NAE_ERA_R-2362_Emakeele_Selts, lk 9
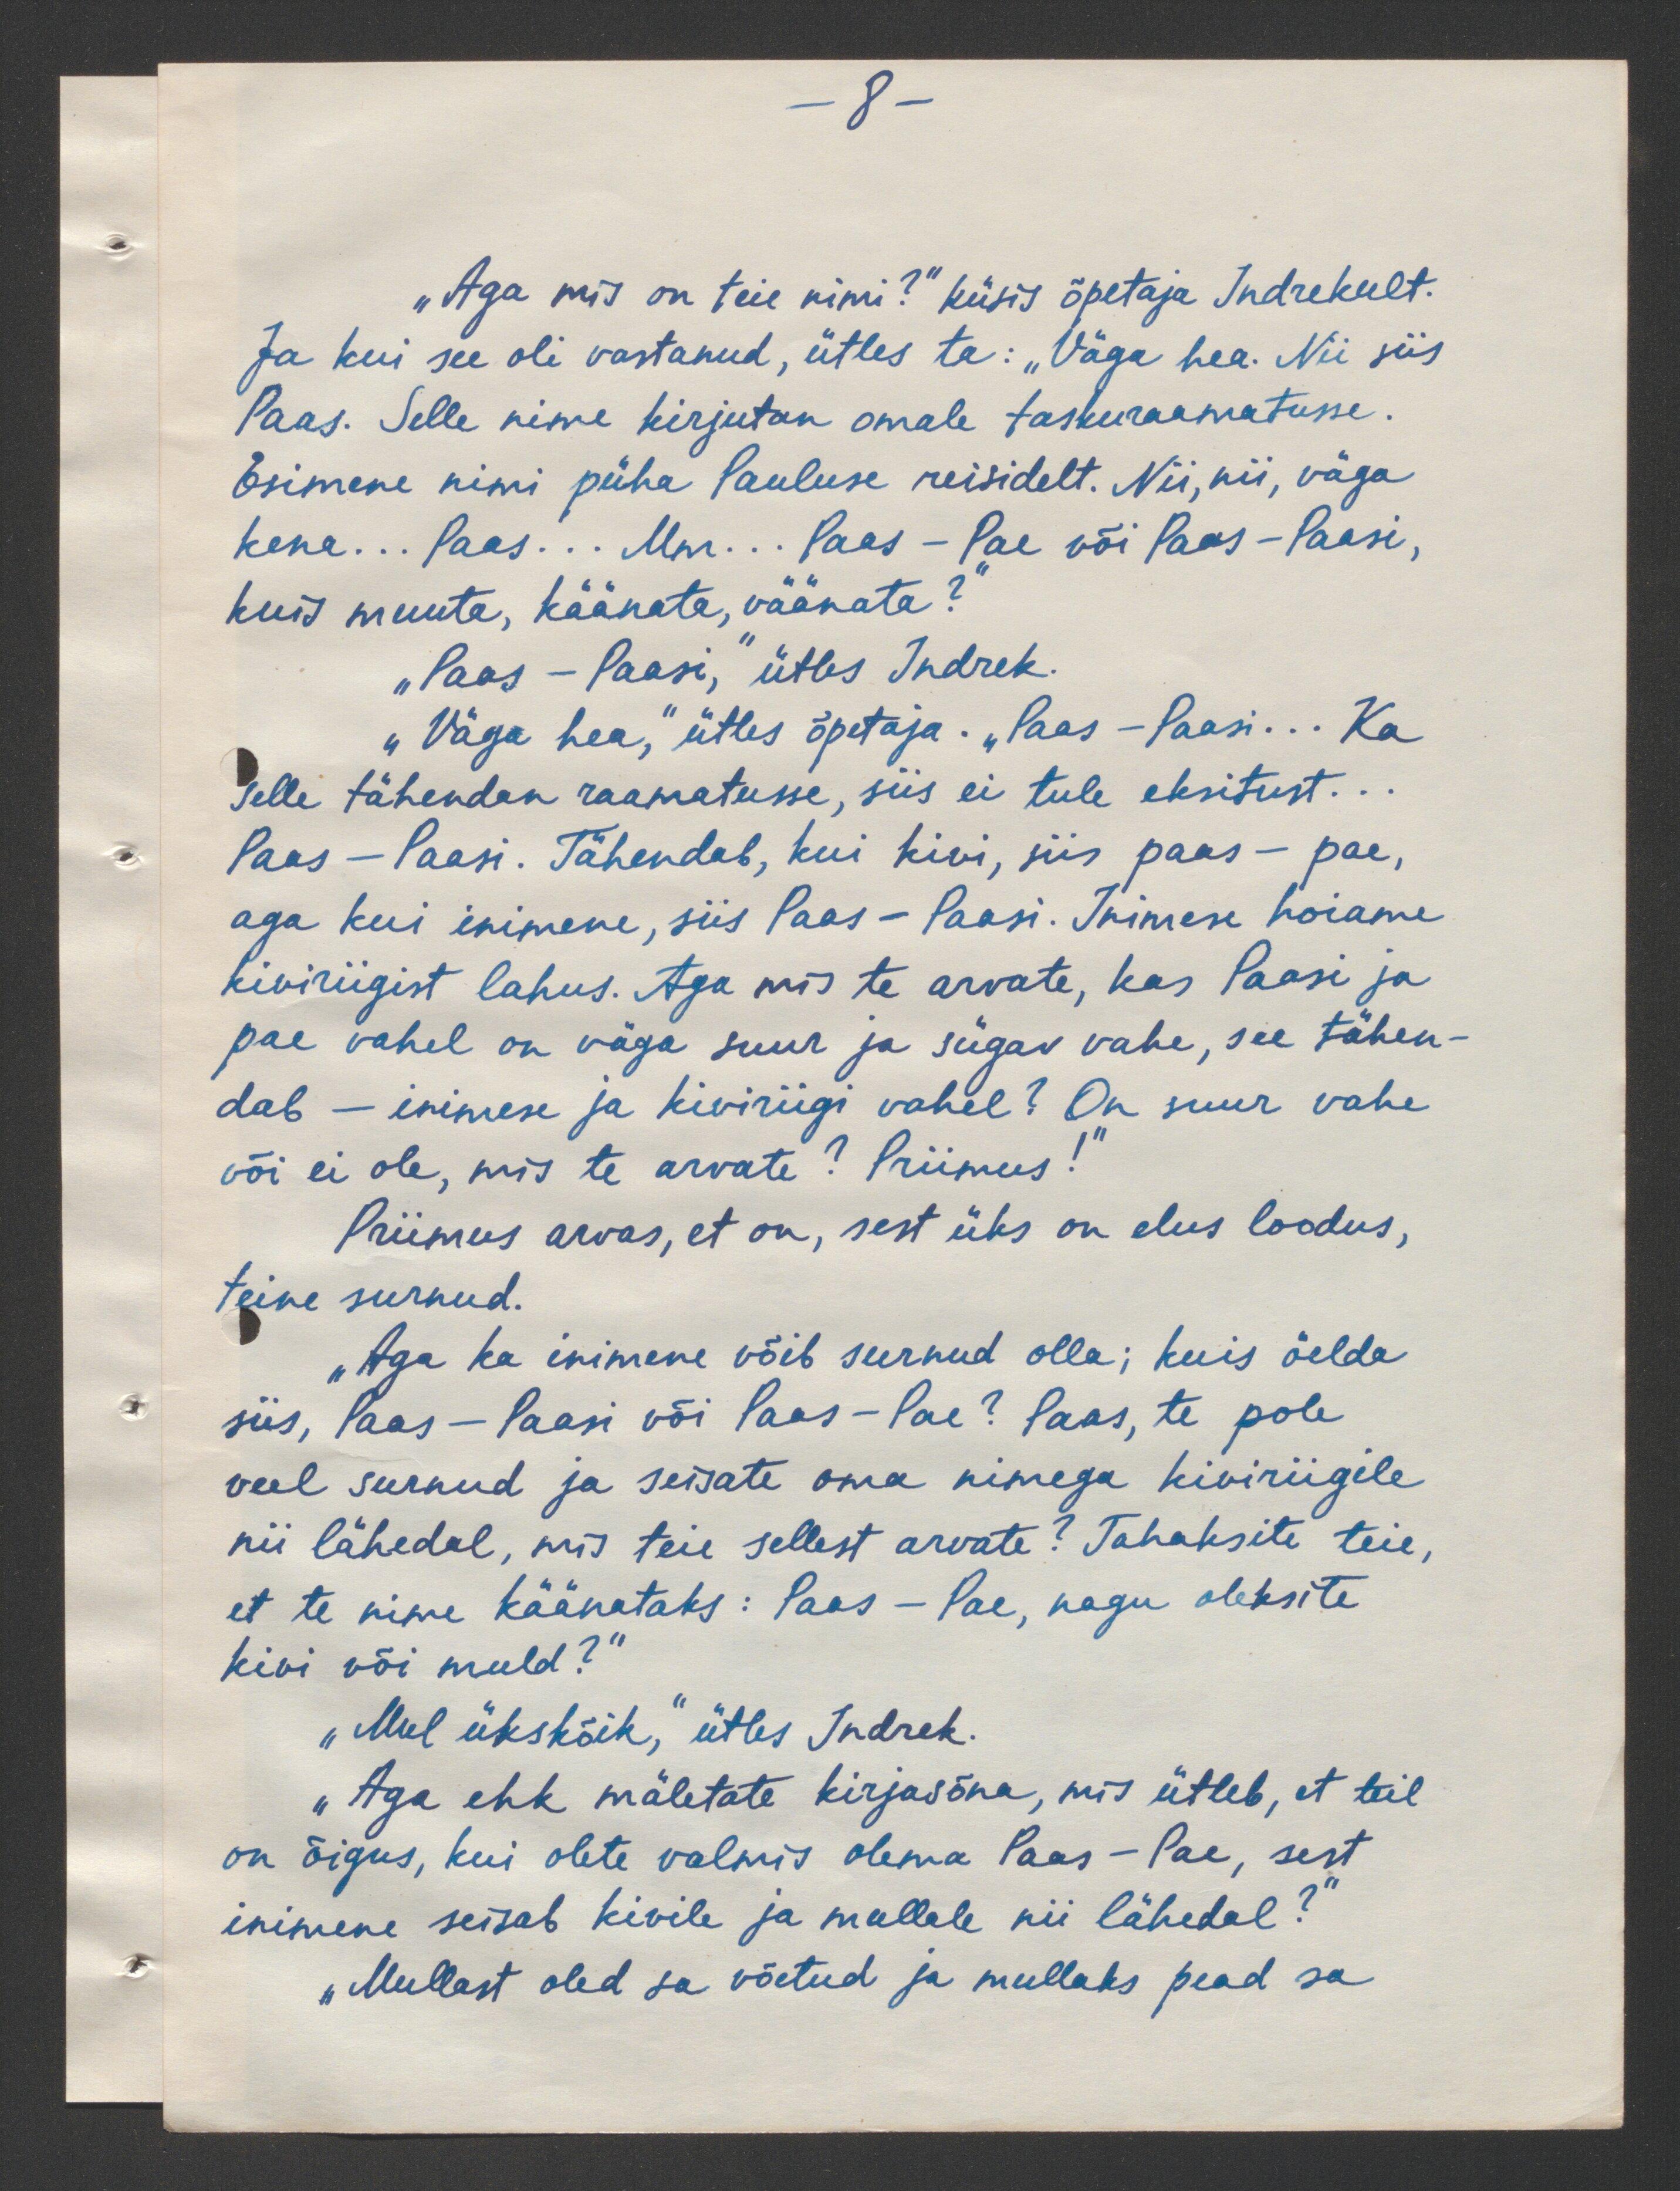
8 -

„Aga mis on teie nimi?" küsis õpetaja Indrekult.
Ja kui see oli vastanud, ütles ta: "Väga hea. Nii siis
Paas. Selle nime kirjutan omale taskuraamatusse.
Esimene nimi püha Pauluse reisidelt. Nii, nii, väga
kena... Paas... Mm.. Paas - Pae või Paas-Paasi,
kuis muuta, käärata, väänata?"
"Paas - Paasi," ütles Andrek.
"Väga hea," ütles õpetaja. "Paas - Paasi... Ka
selle tähendan raamatusse, siis ei tule eksitust...
Paas - Paasi. Tähendab, kui kivi, siis paas - pae,
aga kui inimene, siis Paas - Paasi. Inimese hoiame
kiviriigist lahus. Aga mis te arvate, kas Paasi ja
pae vahel on väga suur ja sügav vahe, see tähen-
dab - inimese ja kiviriigi vahel? On suur vahe
või ei ole, mis te arvate? Priimus!“
Priimus arvas, et on, sest üks on elus loodus,
teine surnud.
„Aga ka inimene võib surnud olla; kuis öelda
siis, Paas - Paasi või Paas - Pae? Paas, te pole
veel surnud ja seisate oma nimega kiviriigile
nii lähedal, mis teie sellest arvate? Tahaksite teie,
et te nime käänataks: Paas - Pae, nagu oleksite
kivi või muld?“
„Mul ükskõik," ütles Indrek.
„Aga ehk mäletate kirjasõna, mis ütleb, et teil
on õigus, kui olete valmis olema Paas - Pae, sest
inimene seisab kivile ja mullale nii lähedal?“
„Mullast oled sa võetud ja mullaks pead sa